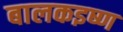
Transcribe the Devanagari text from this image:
बालकइष्ण